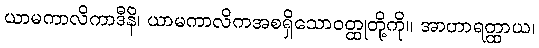
ယာမကာလိကာဒီနိ၊ ယာမကာလိကအစရှိသောဝတ္ထုတို့ကို။ အာဟာရတ္ထာယ၊